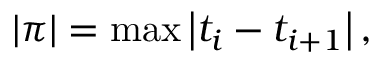
| \pi | = \operatorname* { m a x } \left| t _ { i } - t _ { i + 1 } \right| ,